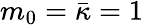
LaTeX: m_{0}=\bar{\kappa}=1